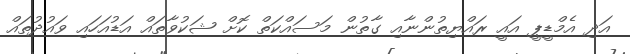
އަދި އެމްޑީޕީ އައީ ރައްޔިތުންނާއި ގާތުން މަސައްކަތް ކޮށް ޝަކުވާތައް އަޑުއަހައި ވައުދުތައް